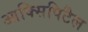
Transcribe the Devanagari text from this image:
आक्सिपिटैल